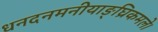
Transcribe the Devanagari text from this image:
धनदनमनीयाङ्‌घ्रिकमले।